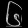
Digit: ၆